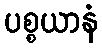
ပစ္စယာနံ